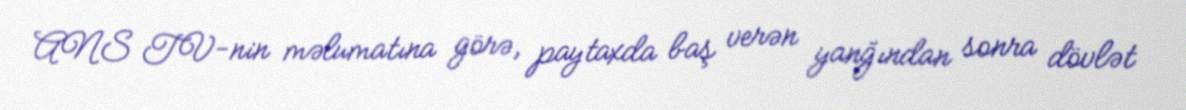
ANS TV-nin məlumatına görə, paytaxda baş verən yanğından sonra dövlət